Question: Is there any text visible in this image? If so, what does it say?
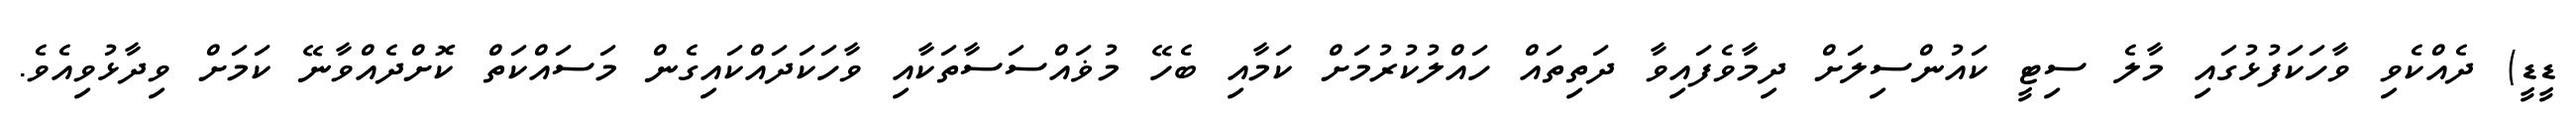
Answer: ޑީޑީ) ދެއްކެވި ވާހަކަފުޅުގައި މާލެ ސިޓީ ކައުންސިލަށް ދިމާވެފައިވާ ދަތިތައް ހައްލުކުރުމަށް ކަމާއި ބެހޭ މުޥައްސަސާތަކާއި ވާހަކަދައްކައިގެން މަސައްކަތް ކޮށްދެއްވާނޭ ކަމަށް ވިދާޅުވިއެވެ.